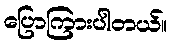
ပြောကြားပါတယ်။